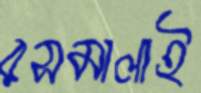
রসমালাই